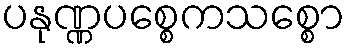
ပနုဏ္ဏပစ္စေကသစ္စော